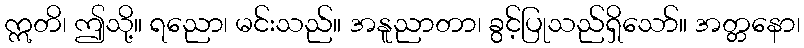
ဣတိ၊ ဤသို့။ ရညော၊ မင်းသည်။ အနူညာတာ၊ ခွင့်ပြုသည်ရှိသော်။ အတ္တနော၊